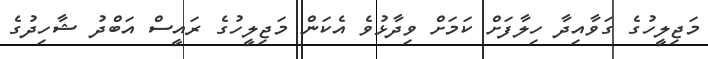
މަޖިލީހުގެ ގަވާއިދާ ހިލާފަށް ކަމަށް ވިދާޅުވެ އެކަން މަޖިލީހުގެ ރައީސް އަބްދު ޝާހިދުގެ